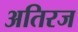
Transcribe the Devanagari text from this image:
अतिरज